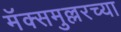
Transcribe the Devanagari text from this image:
मॅक्समुल्लरच्या